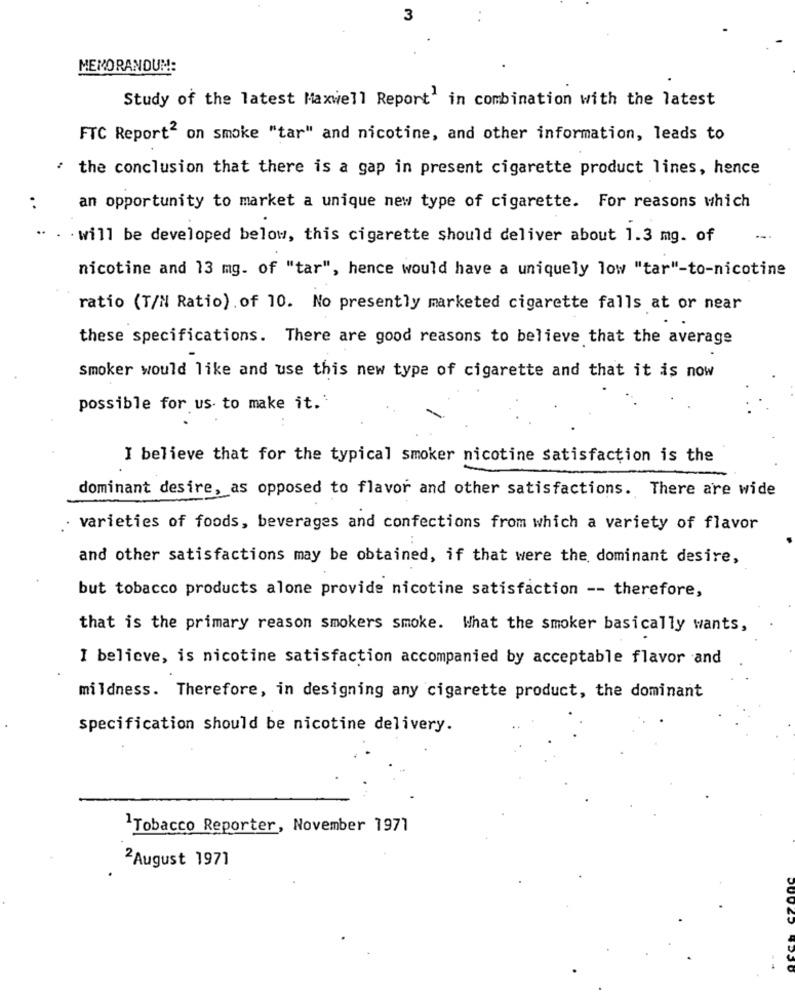
3
MEMORANDUM:
Study of the latest Maxwell Report in combination with the latest
FTC Report2 on smoke "tar" and nicotine, and other information, leads to
the conclusion that there is a gap in present cigarette product lines, hence
. .
an opportunity to market a unique new type of cigarette. For reasons which
. will be developed below, this cigarette should deliver about 1.3 mg. of
nicotine and 13 mg. of "tar", hence would have a uniquely low "tar"-to-nicotine
ratio (T/N Ratio).of 10. No presently marketed cigarette falls at or near
these specifications. There are good reasons to believe that the average
Smoker would like and use this new type of cigarette and that it is now
possible for us to make it.'
I believe that for the typical smoker nicotine satisfaction is the
dominant desire, as opposed to flavor and other satisfactions. There are wide
varieties of foods, beverages and confections from which a variety of flavor
and other satisfactions may be obtained, if that were the dominant desire,
but tobacco products alone provide nicotine satisfaction -- therefore,
that is the primary reason smokers smoke. What the smoker basically wants,
I believe, is nicotine satisfaction accompanied by acceptable flavor and
mildness. Therefore, in designing any cigarette product, the dominant
specification should be nicotine delivery.
1Tobacco Reporter, November 1971
2August 1971